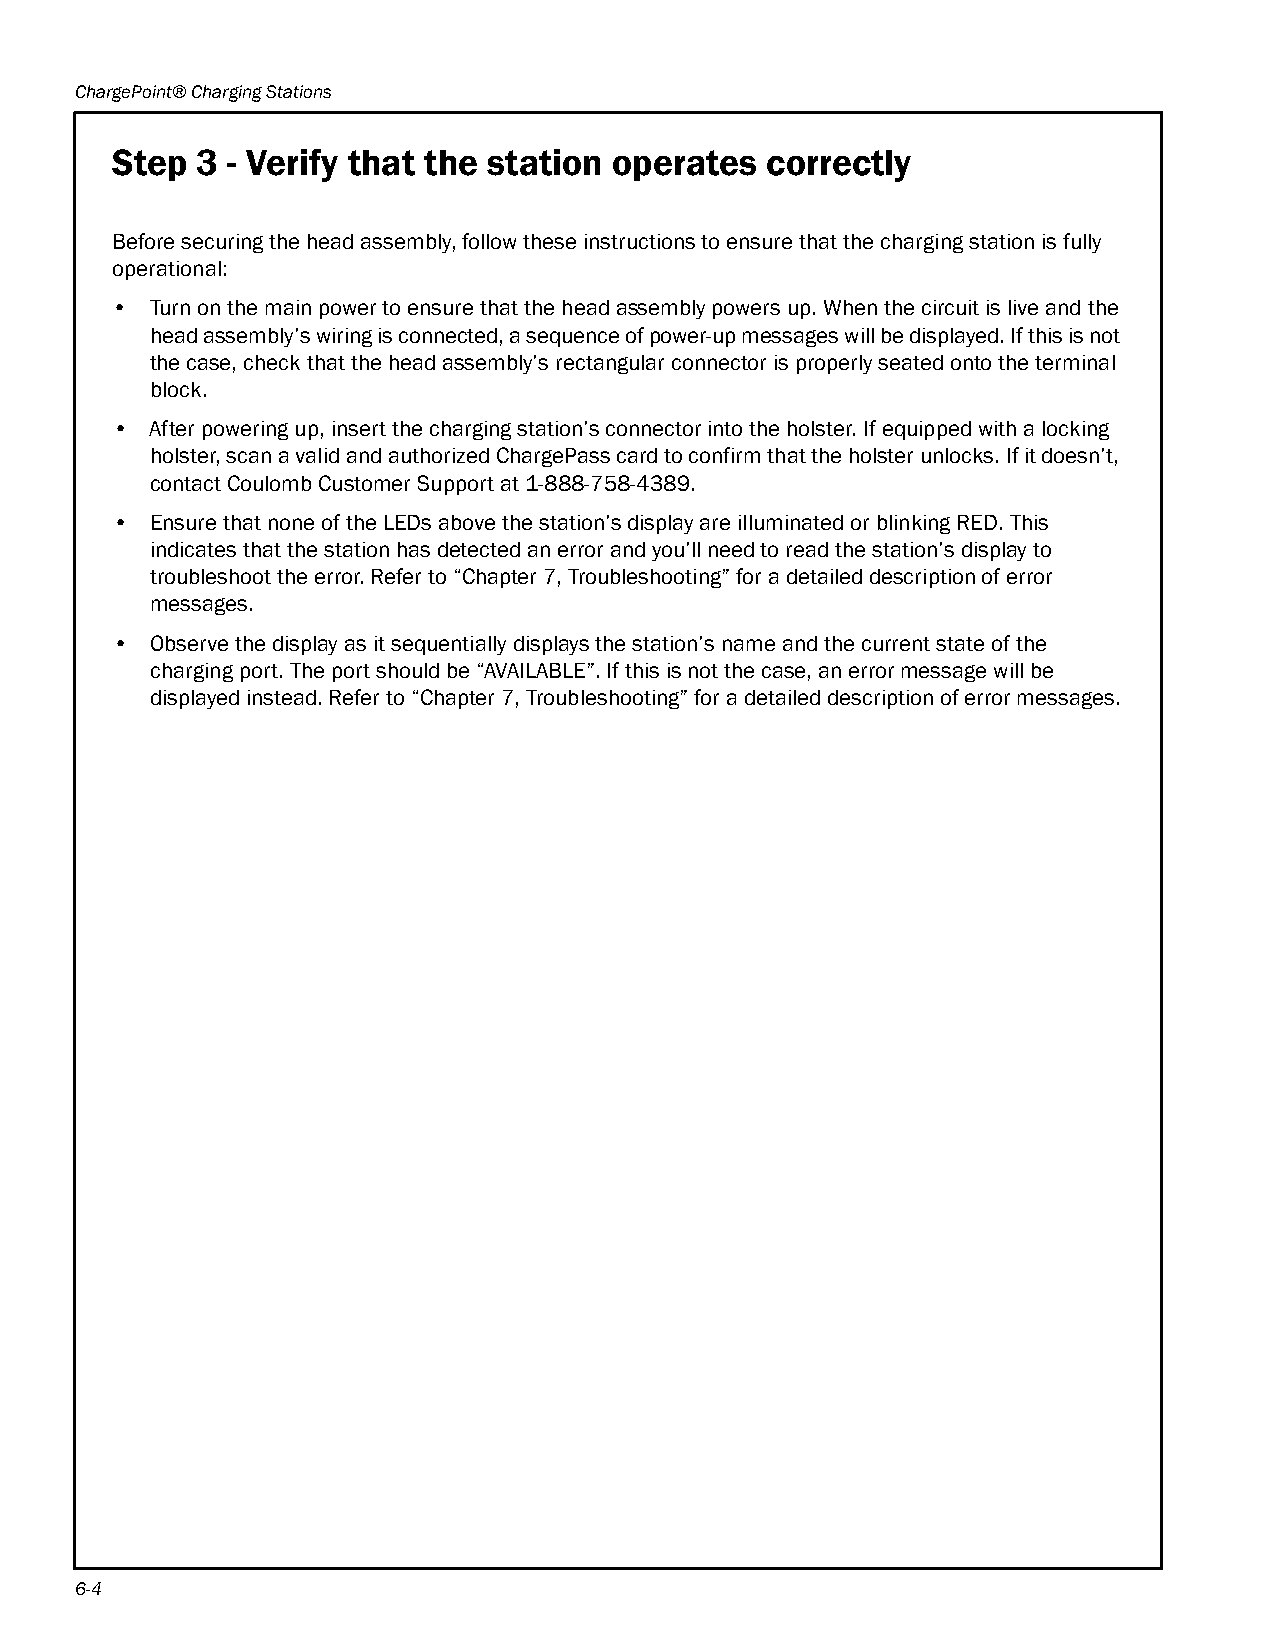
ChargePoint® Charging Stations
 Step  3 - Verify that the station operates  correctly
 Before securing the head assembly, follow these instructions to ensure that the charging station is fully
 operational:
 •  Turn on the main power to ensure that the head assembly powers up. When the circuit is live and the
 head assembly’s wiring is connected, a sequence of power-up messages will be displayed. If this is not
 the case, check that the head assembly’s rectangular connector is properly seated onto the terminal
 block.
 •  After powering up, insert the charging station’s connector into the holster. If equipped with a locking
 holster, scan a valid and authorized ChargePass card to confirm that the holster unlocks. If it doesn’t,
 contact Coulomb Customer Support at 1-888-758-4389.
 •  Ensure that none of the LEDs above the station’s display are illuminated or blinking RED. This
 indicates that the station has detected an error and you’ll need to read the station’s display to
 troubleshoot the error. Refer to “Chapter 7, Troubleshooting” for a detailed description of error
 messages.
 •  Observe the display as it sequentially displays the station’s name and the current state of the
 charging port. The port should be “AVAILABLE”. If this is not the case, an error message will be
 displayed instead. Refer to “Chapter 7, Troubleshooting” for a detailed description of error messages.
 6-4